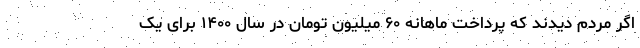
اگر مردم دیدند که پرداخت ماهانه ۶۰ میلیون تومان در سال ۱۴۰۰ برای یک